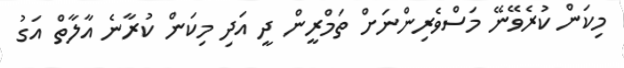
މިކަން ކުރެވޭނޭ މަސްވެރިންނަށް ތަމްރީން ދީ އަދި މިކަން ކުރާނެ އާލާތް އަގު